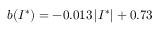
b ( I ^ { * } ) = - 0 . 0 1 3 \, \lvert I ^ { * } \rvert + 0 . 7 3